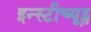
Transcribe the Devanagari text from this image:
इन्स्टीच्यूट्स